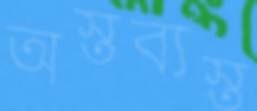
অস্তব্যস্ত